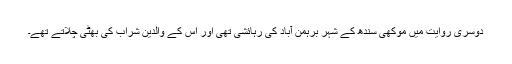
دوسری روایت میں موکھی سندھ کے شہر برہمن آباد کی رہائشی تھی اور اس کے والدین شراب کی بھٹی چلاتے تھے۔